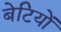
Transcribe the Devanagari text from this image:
बेटियाें